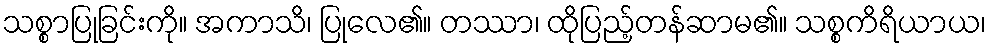
သစ္စာပြုခြင်းကို။ အကာသိ၊ ပြုလေ၏။ တဿာ၊ ထိုပြည့်တန်ဆာမ၏။ သစ္စကိရိယာယ၊